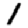
Digit: 1